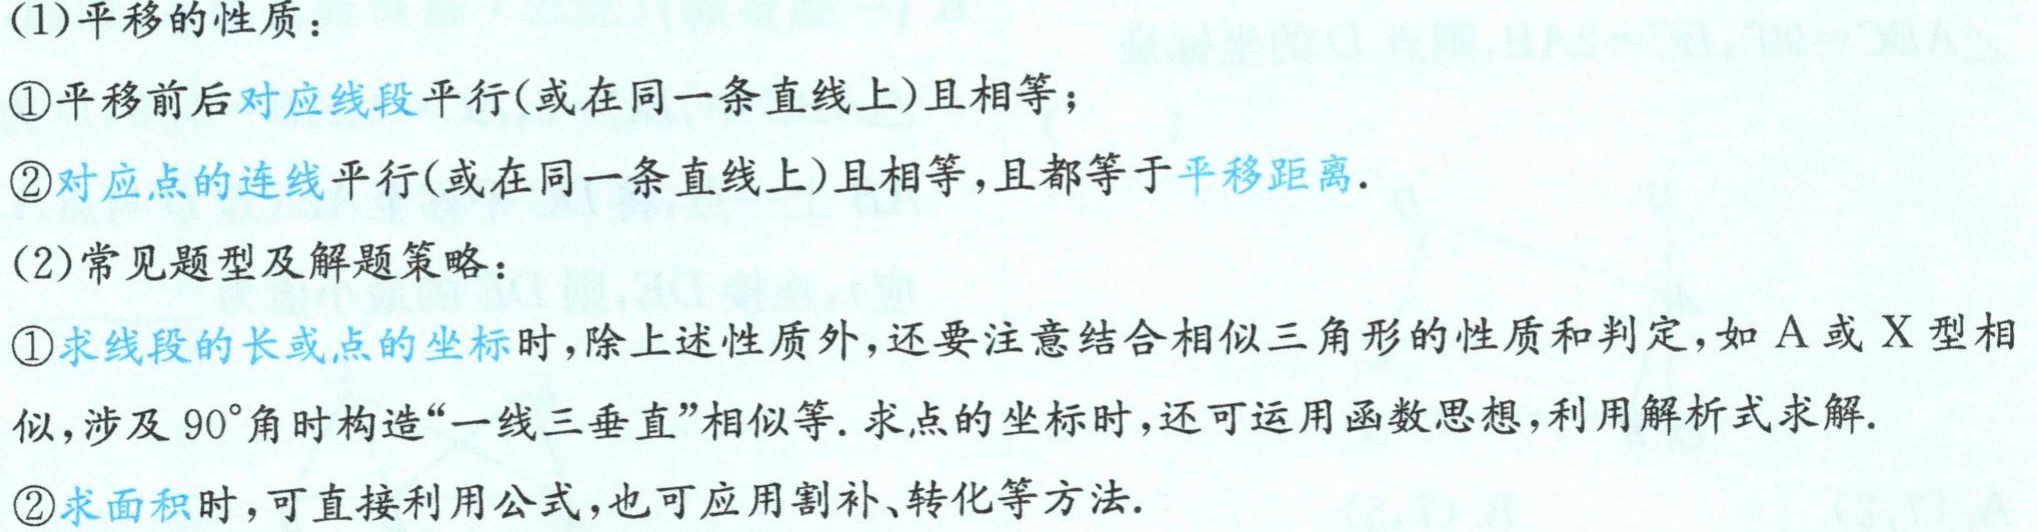
(1)平移的性质：

\textcircled{1}平移前后对应线段平行(或在同一条直线上)且相等；

\textcircled{2}对应点的连线平行(或在同一条直线上)且相等，且都等于平移距离.

(2)常见题型及解题策略：

\textcircled{1}求线段的长或点的坐标时，除上述性质外，还要注意结合相似三角形的性质和判定，如A或X型相似，涉及$90^{\circ}$角时构造“一线三垂直”相似等. 求点的坐标时，还可运用函数思想，利用解析式求解.

\textcircled{2}求面积时，可直接利用公式，也可应用割补、转化等方法.